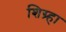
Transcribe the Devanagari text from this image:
शिग्र्हा